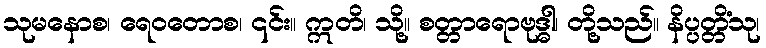
သုမနောစ၊ ရေဝတောစ၊ ၎င်း။ ဣတိ၊ သို့။ စတ္တာရောဗုဒ္ဓါ၊ တို့သည်။ နိပ္ပတ္တိံသု၊